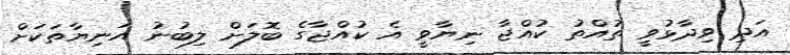
އަދި ވިދާޅުވީ ތުއްތު ކުއްޖާ ނިޔާވީ އެ ކުއްޖާގެ ބޮލަށް ލިބުނު އަނިޔާތަކަށް